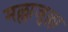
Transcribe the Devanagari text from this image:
मल्लाजुल्ला